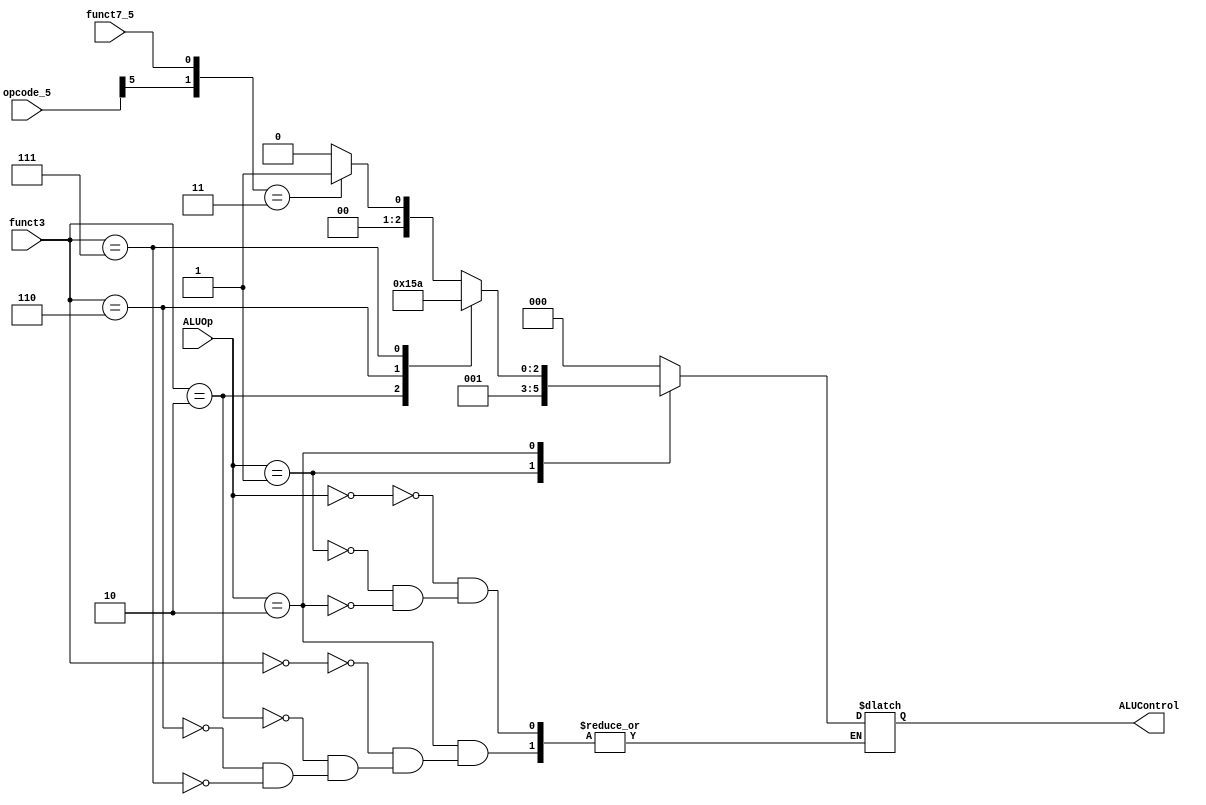
module ALUDecoder (
    input [1:0] ALUOp,
    input [2:0] funct3,
    input funct7_5,
    input [6:0] opcode_5,
    output reg [2:0] ALUControl
);



always @(*) begin
    case (ALUOp)
        2'b00 : ALUControl <= 3'b000;
        2'b01 : ALUControl <= 3'b001;
        2'b10 : case({funct3})
        3'b000 : case({opcode_5[5],funct7_5})
        2'b00 : ALUControl <= 3'b000; // add
        2'b01 : ALUControl <= 3'b000; // add
        2'b10 : ALUControl <= 3'b000; // add
        2'b11 : ALUControl <= 3'b001; // sub
        default : ALUControl <= 3'bxxx;

        endcase
        
        3'b010 : ALUControl <= 3'b101; // slt
        3'b110 : ALUControl <= 3'b011; // or
        3'b111 : ALUControl <= 3'b010; // and
        
        endcase
    endcase
end

endmodule